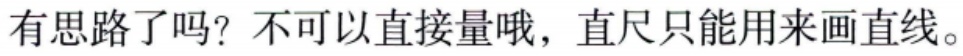
有思路了吗？不可以直接量哦，直尺只能用来画直线。